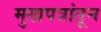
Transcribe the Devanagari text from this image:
मुखपत्रांतून